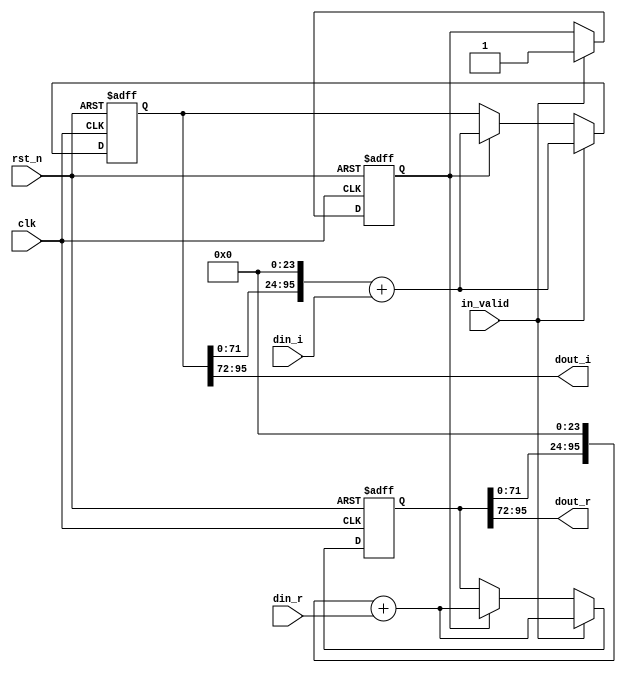
module shift_4(
	input                clk,
	input                rst_n,
	input                in_valid,
	input signed [23:0]  din_r,
	input signed [23:0]  din_i,
	output signed [23:0] dout_r,
	output signed [23:0] dout_i
);
////////////////////////////////////////////
// Internal signals
reg [95:0]               shift_reg_r;
reg [95:0]               shift_reg_i;
reg [95:0]               tmp_reg_r;
reg [95:0]               tmp_reg_i;
reg [3:0]                counter_4, next_counter_4;
reg                      valid, next_valid;
////////////////////////////////////////////
// Output logic
assign dout_r            = shift_reg_r[95:72];
assign dout_i            = shift_reg_i[95:72];
////////////////////////////////////////////
// Next state logic
always@(*)begin
    next_counter_4       = counter_4 + 3'd1;
    tmp_reg_r            = shift_reg_r;
    tmp_reg_i            = shift_reg_i;
    next_valid           = valid;
end
////////////////////////////////////////////
// State register
always@(posedge clk or negedge rst_n) begin
    if(~rst_n) begin
        shift_reg_r      <= 0;
        shift_reg_i      <= 0;
        counter_4        <= 0;
        valid            <= 0;
    end
    else 
    if (in_valid) begin
        counter_4        <= next_counter_4;
        shift_reg_r      <= (tmp_reg_r<<24) + din_r;
        shift_reg_i      <= (tmp_reg_i<<24) + din_i;
        valid            <= in_valid;
    end else if(valid) begin
        counter_4        <= next_counter_4;
        shift_reg_r      <= (tmp_reg_r<<24) + din_r;
        shift_reg_i      <= (tmp_reg_i<<24) + din_i;
        valid            <= next_valid;
    end
end
endmodule